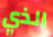
الذي